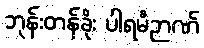
ဘုန်းတန်ခိုး ပါရမီဉာဏ်